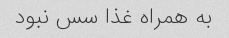
به همراه غذا سس نبود